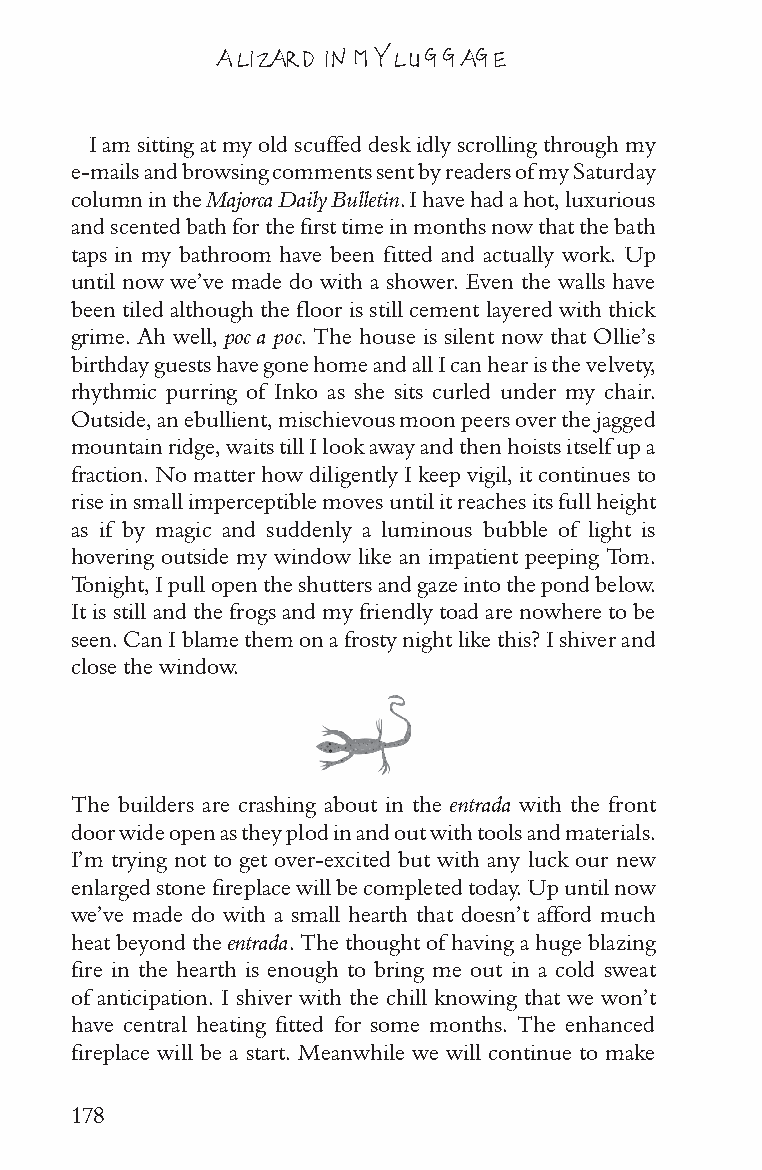
A LIZARD IN MY LUGGAGE
 I am sitting at my old scuffed desk idly scrolling through my
 e-mails and browsing comments sent by readers of my Saturday
 column in the Majorca Daily Bulletin. I have had a hot, luxurious
 and scented bath for the first time in months now that the bath
 taps in my bathroom have been fitted and actually work. Up
 until now we’ve made do with a shower. Even the walls have
 been tiled although the floor is still cement layered with thick
 grime. Ah well, poc a poc. The house is silent now that Ollie’s
 birthday guests have gone home and all I can hear is the velvety,
 rhythmic purring of Inko as she sits curled under my chair.
 Outside, an ebullient, mischievous moon peers over the jagged
 mountain ridge, waits till I look away and then hoists itself up a
 fraction. No matter how diligently I keep vigil, it continues to
 rise in small imperceptible moves until it reaches its full height
 as if by magic and suddenly a luminous bubble of light is
 hovering outside my window like an impatient peeping Tom.
 Tonight, I pull open the shutters and gaze into the pond below.
 It is still and the frogs and my friendly toad are nowhere to be
 seen. Can I blame them on a frosty night like this? I shiver and
 close the window.
 The builders are crashing about in the entrada with the front
 door wide open as they plod in and out with tools and materials.
 I’m trying not to get over-excited but with any luck our new
 enlarged stone fireplace will be completed today. Up until now
 we’ve made do with a small hearth that doesn’t afford much
 heat beyond the entrada. The thought of having a huge blazing
 fire in the hearth is enough to bring me out in a cold sweat
 of anticipation. I shiver with the chill knowing that we won’t
 have central heating fitted for some months. The enhanced
 fireplace will be a start. Meanwhile we will continue to make
 178